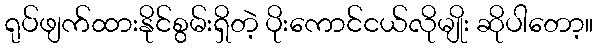
ရုပ်ဖျက်ထားနိုင်စွမ်းရှိတဲ့ ပိုးကောင်ငယ်လိုမျိုး ဆိုပါတော့။